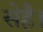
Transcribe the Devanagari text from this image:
सेहै।